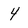
Character: 4